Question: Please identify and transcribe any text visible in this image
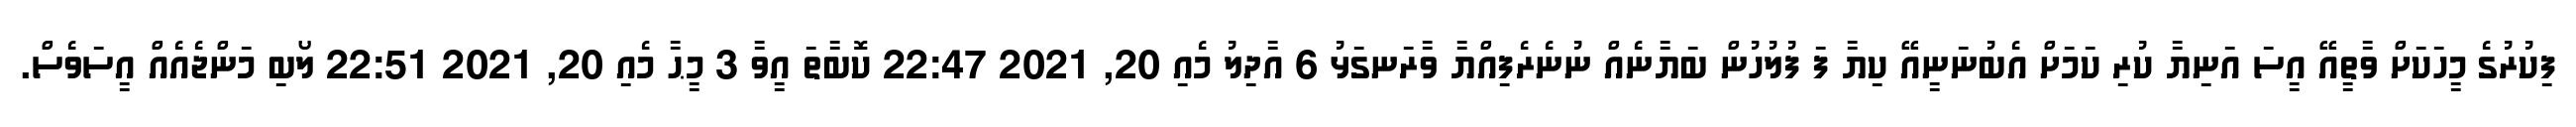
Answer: ފިކުރުގެ މީހަކަށް ވާތީއޭ އީސަ އަނިޔާ ކުރި ކަމަށް އެބުނަނީއޭ ކިޔާ ފަ ފުލުހުން ބަޔާނެއް ނުނެރެފިއްޔާ ވާރަނގަޅު 6 އާދިލު މެއި 20, 2021 22:47 ކޮބާތަ އީވާ 3 މީޙާ މެއި 20, 2021 22:51 ލޯބި މަންޖެއެއް އީސަވެސް.